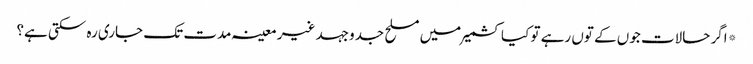
*اگر حالات جوں کے توں رہے تو کیا کشمیر میں مسلح جدوجہد غیر معینہ مدت تک جاری رہ سکتی ہے؟